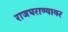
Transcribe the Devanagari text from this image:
राजघराण्यावर